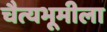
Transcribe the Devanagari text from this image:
चैत्यभूमीला